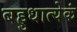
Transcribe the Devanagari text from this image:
बहुधात्येकं